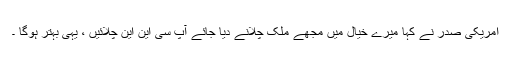
امریکی صدر نے کہا میرے خیال میں مجھے ملک چلانے دیا جائے آپ سی این این چلائیں ، یہی بہتر ہوگا ۔